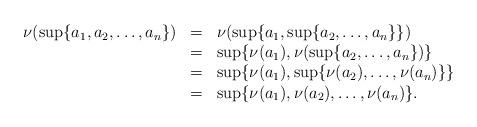
LaTeX: \begin{align*}\begin{array}{lcl}\nu(\sup\{a_1, a_2, \ldots, a_n \}) &=& \nu(\sup\{a_1, \sup\{ a_2, \ldots, a_n \} \}) \\&=& \sup\{ \nu(a_1), \nu(\sup\{ a_2, \ldots, a_n \})\} \\&=& \sup\{ \nu(a_1), \sup\{ \nu(a_2), \ldots, \nu(a_n)\}\}\\&=& \sup\{ \nu(a_1), \nu(a_2), \ldots, \nu(a_n)\}.\\\end{array}\end{align*}